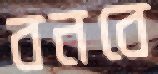
বনবে